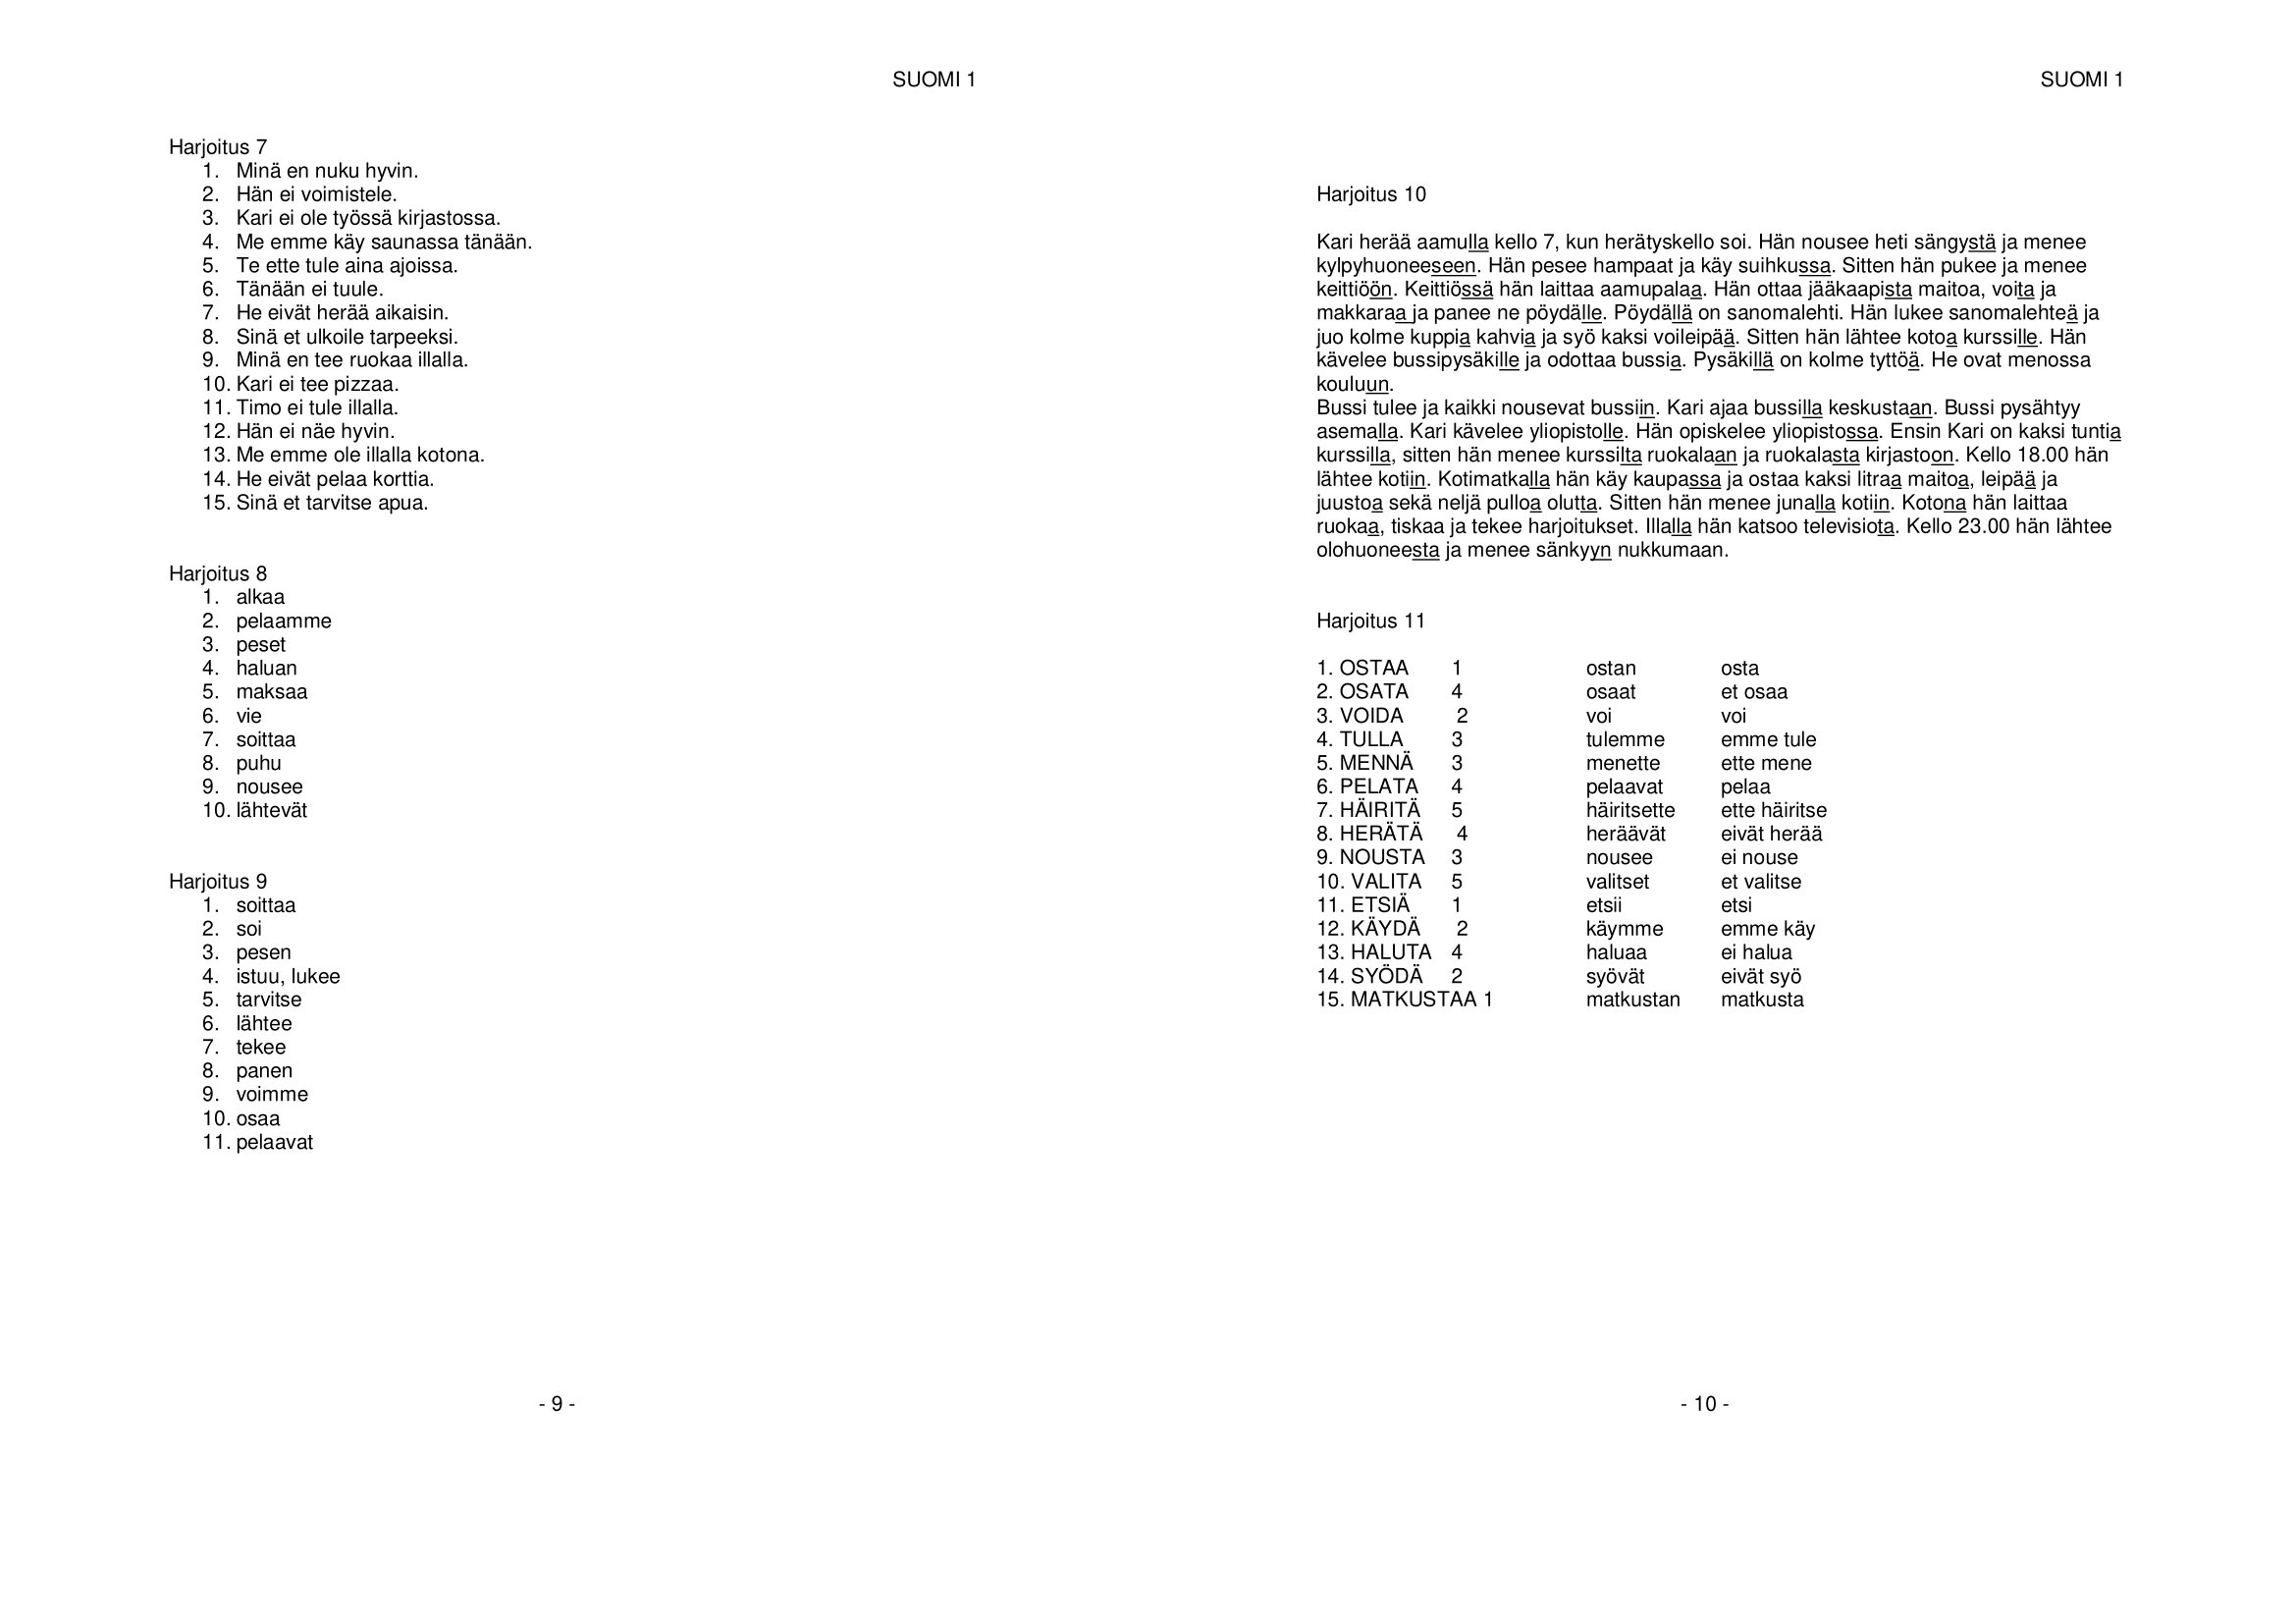
Language: fn